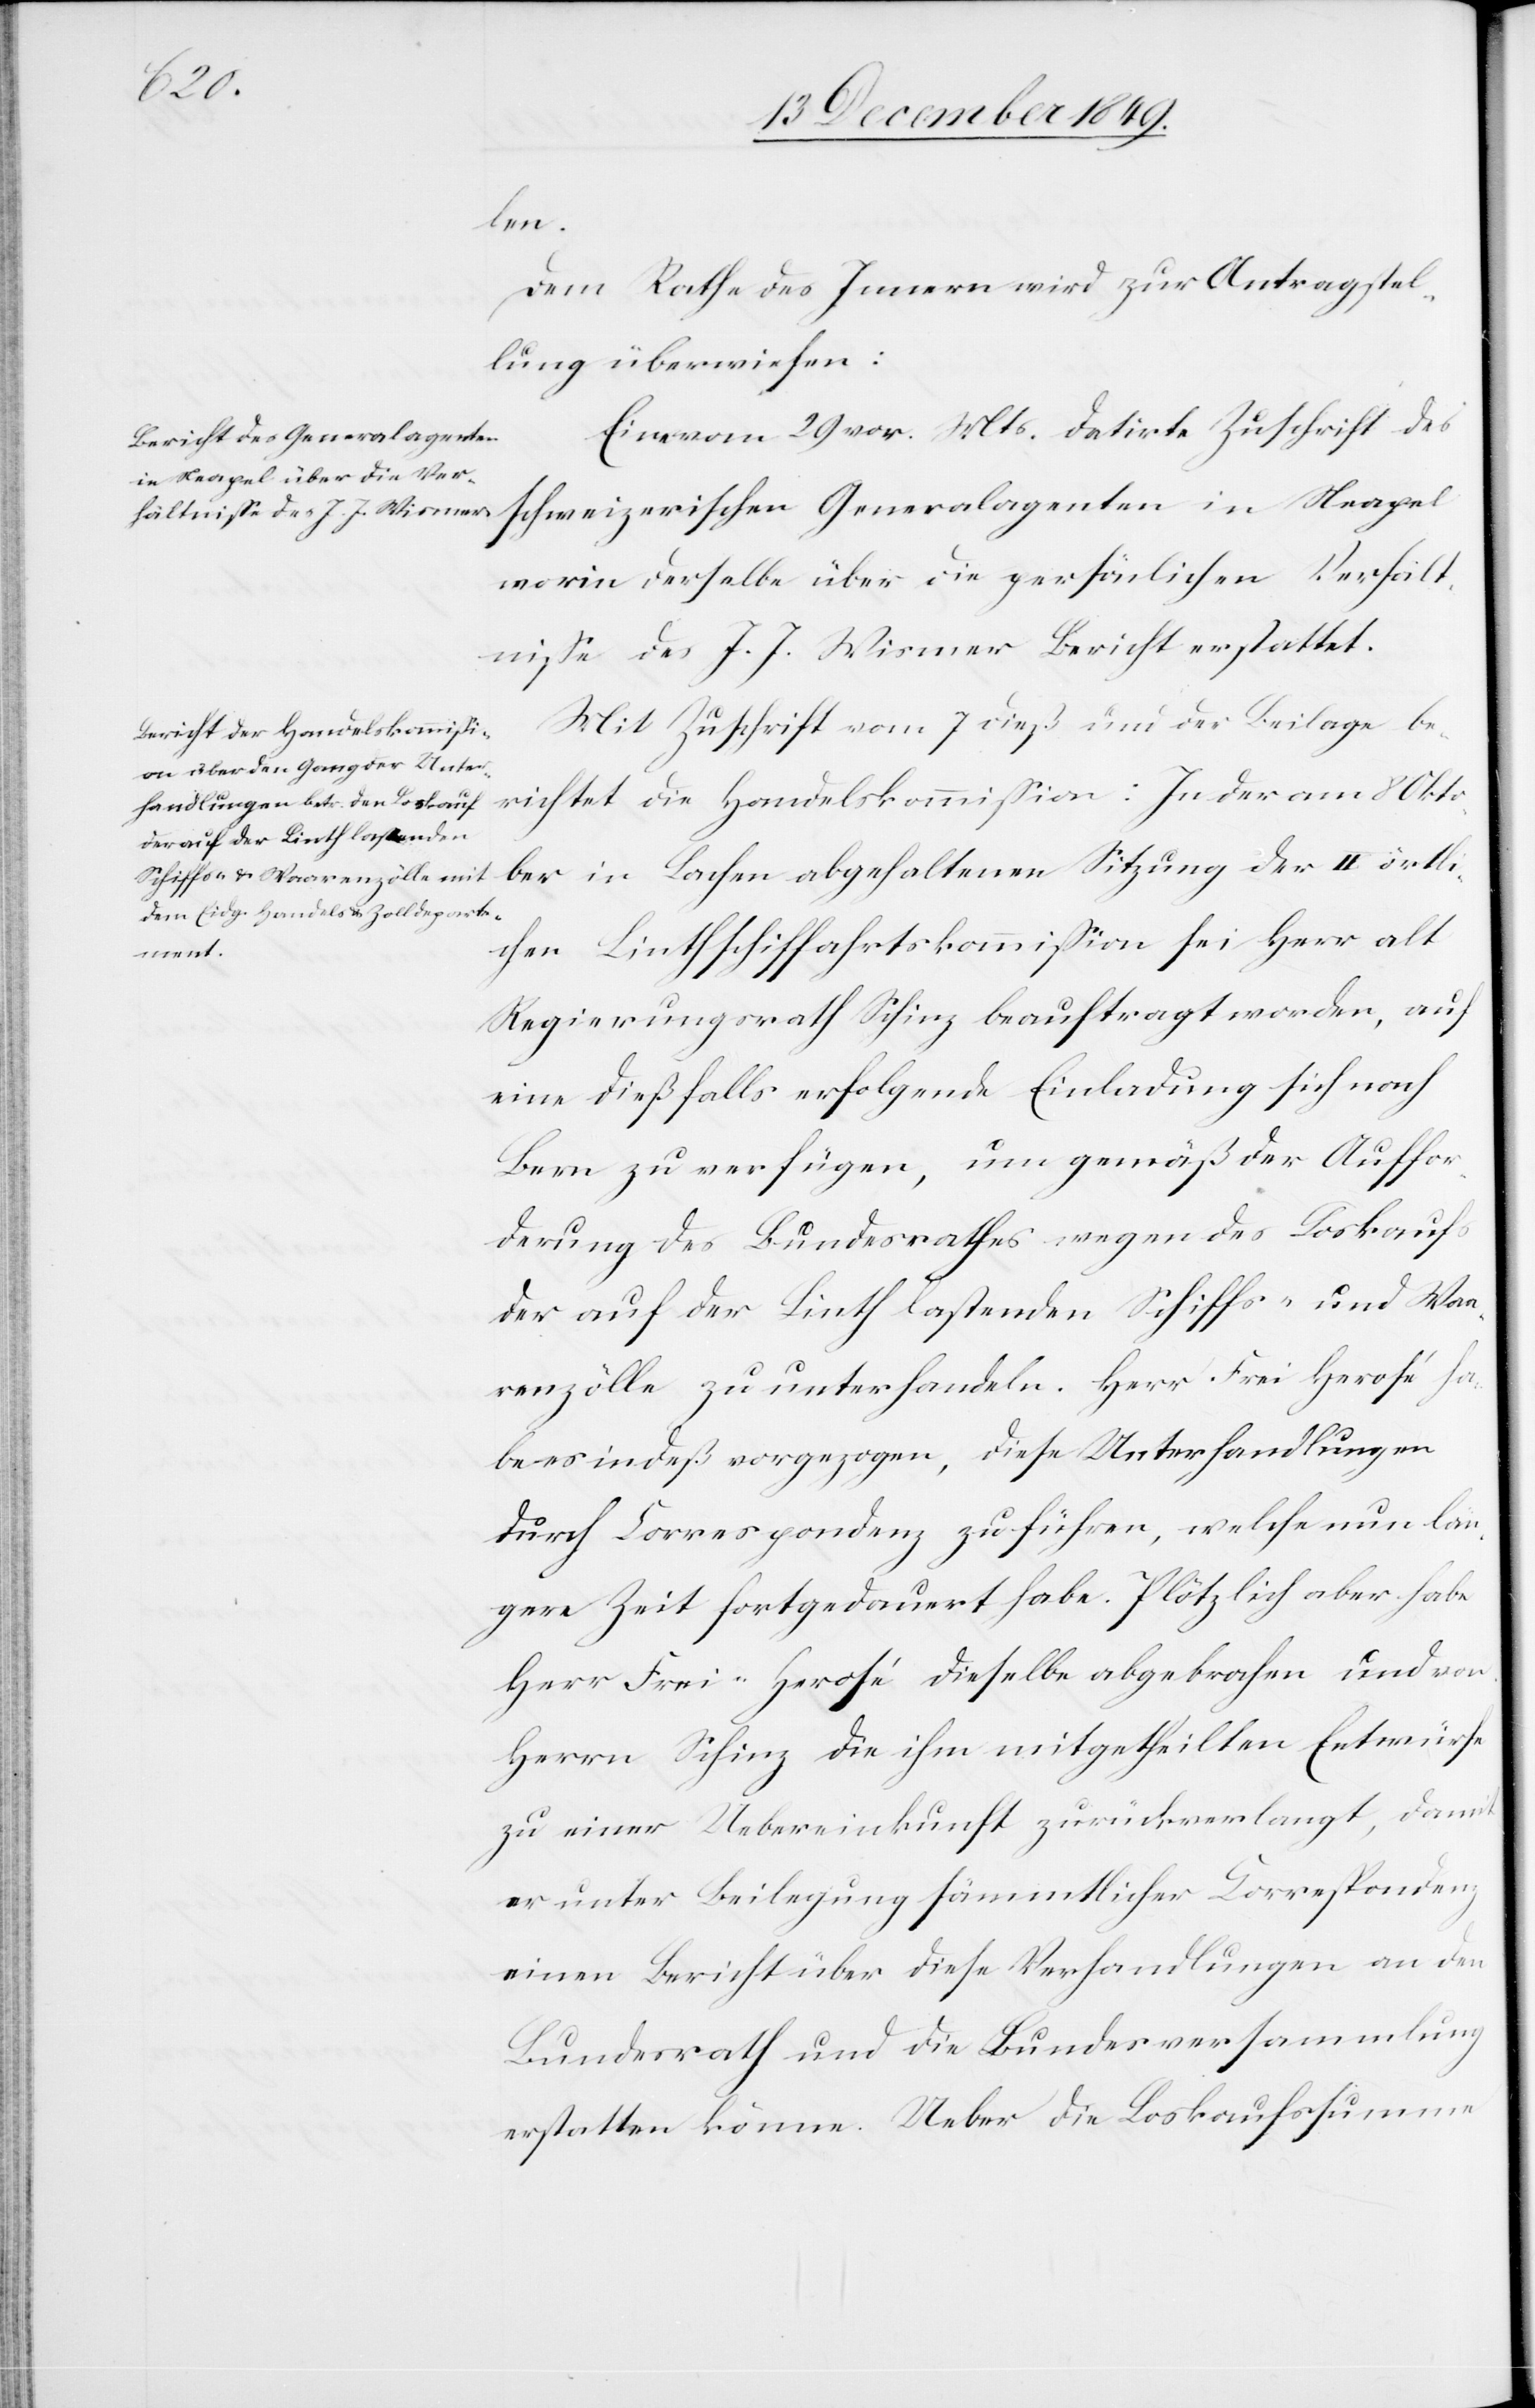
len.
Dem Rathe des Innern wird zur Antragstel¬
lung überwiesen:
Eine vom 29 v. Mts. datirte Zuschrift des
schweizerischen Generalagenten in Neapel
worin derselbe übe die persönlichen Verhält¬
niße des J. J. Wismer Bericht erstattet.
Mit Zuschrift vom 7 dieß und der Beilage be¬
richtet die Handelskommißion: In der am 8 Okto¬
ber in Lachen abgehaltenen Sitzung der II örtli¬
chen Linthschiffahrtskommißion sei Herr alt
Regierungsrath Schinz beauftragt worden, auf
eine dießfalls erfolgende Einladung sich nach
Bern zu verfügen, um gemäß der Auffor¬
derung des Bundesrathes wegen des Loskaufs
der auf der Linth lastenden Schiffs- und Wa¬
renzölle zu unterhandeln. Herr Frei-Herosé ha¬
be indeß vorgezogen, diese Unterhandlungen
durch Correspondenz zu führen, welche nun län¬
gere Zeit fortgedauert habe. Plötzlich aber habe
Herr Frei-Herosé dieselbe abgebrochen und von
Herrn Schinz die ihm mitgetheilten Entwürfe
zu einer Uebereinkunft zurückverlangt, damit
er unter Beilegung sämmtlicher Correspondenz
einen Bericht über diese Verhandlungen an den
Bundesrath und die Bundesversammlung
erstatten könne. Ueber die Loskaufssumme